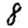
Digit: 8